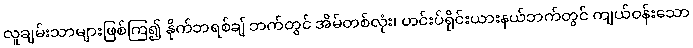
လူချမ်းသာများဖြစ်ကြ၍ နိုက်ဘရစ်ချ် ဘက်တွင် အိမ်တစ်လုံး၊ ဟင်းပ်ရိုင်းယားနယ်ဘက်တွင် ကျယ်ဝန်းသော